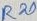
Text: R20